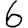
Digit: 6